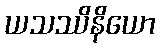
ယသဿိနိယော